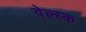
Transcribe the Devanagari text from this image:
वेल्स्क